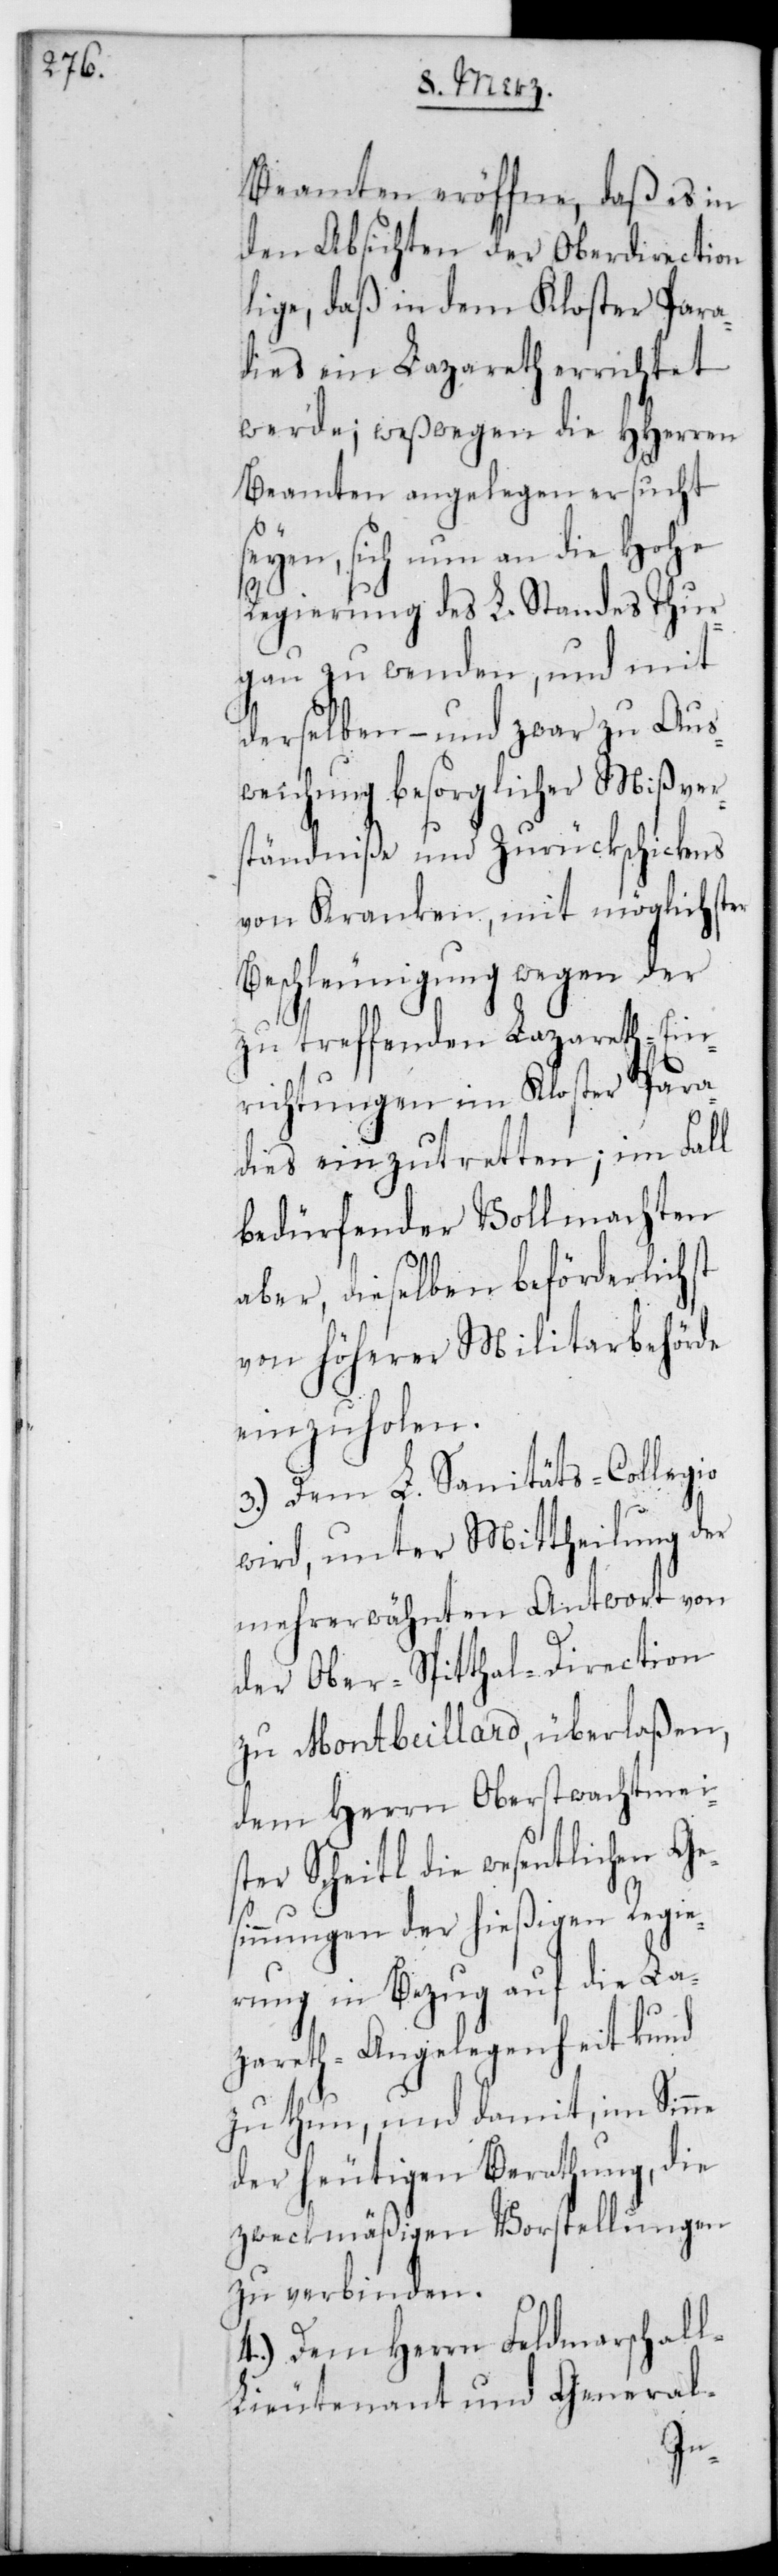
Beamten eröffne, daß es in
den Absichten der Oberdirection
liege, daß in dem Kloster Para¬
dies ein Lazareth errichtet
werde; weswegen die HHerren
Beamten angelegen ersucht
seyen, sich nun an die Hohe
Regierung des L. Standes Thur¬
gau zu wenden, und mit
derselben, – und zwar zu Aus¬
weichung besorglicher Mißver¬
ständniße und Zurückschickens
von Kranken, mit möglichster
Beschleunigung wegen der
zu treffenden Lazareth-Ein¬
richtungen im Kloster Para¬
dies einzutretten; im Fall
bedürfender Vollmachten
aber, dieselben beförderlichst
von höherer Militairbehörde
einzuholen.
3.) Dem L. Sanitäts-Collegio
wird, unter Mittheilung der
mehrerwähnten Antwort von
der Ober-Spitthaldirection
zu Montbeyllard überlaßen,
dem Herrn Oberstwachtmei¬
ster Scheitl die wesentlichen Ge¬
sinnungen der hießigen Regie¬
rung in Bezug auf die La¬
zareth-Angelegenheit kund
zu thun, und damit im Sinne
der heutigen Berathung, die
zweckmäßigen Vorstellungen
zu verbinden.
4.) Dem Herrn Feldmarschal¬
ieutenant und General-
l-L¬